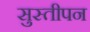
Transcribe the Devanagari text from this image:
सुस्तीपन